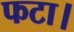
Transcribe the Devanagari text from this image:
फटा।